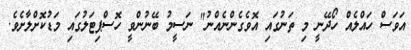
އަވަސް ހައްލެއް ހޯދޭނީ މި ތަނުގައި އޮވެގެންނެއްނު" ނަސީމު ބޭނުންވީ ހޮސްޕިޓަލުގައި މަޑުކޮށްލާށެވެ.